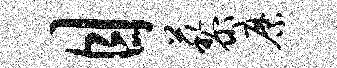
目藜縻